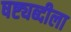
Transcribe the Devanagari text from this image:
षष्ट्यब्दीला